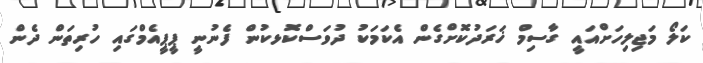
ކަލޯ މަޖިލިހަށްއައީ ގާސިމް ޚަރަދުކޮށްގެން އެކަމަކު ދުވަސްކޮޅކުން ފެނުނީ ޕީޕީއެމްގައި ހުރިތަން ދެން